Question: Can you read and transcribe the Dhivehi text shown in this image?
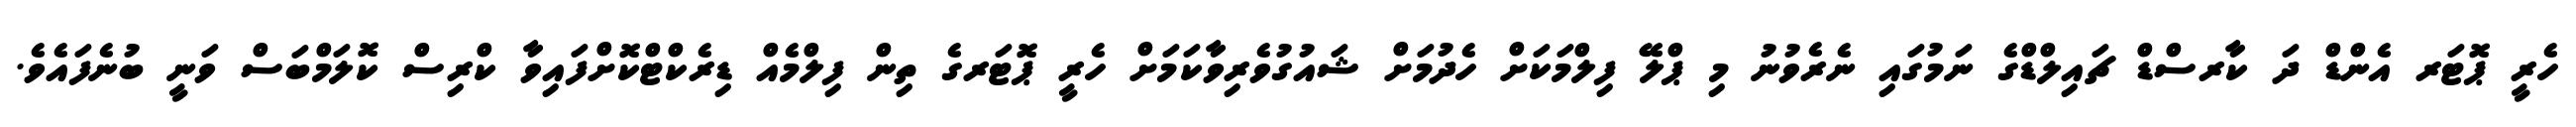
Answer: ހެރީ ޕޮޓަރ އެންޑް ދަ ކާރސްޑް ޗައިލްޑްގެ ނަމުގައި ނެރެވުނު މި ޕްލޭ ފިލްމަކަށް ހެދުމަށް ޝައުގުވެރިވާކަމަށް ހެރީ ޕޮޓަރގެ ތިން ފިލްމެއް ޑިރެކްޓްކޮށްފައިވާ ކްރިސް ކޮލަމްބަސް ވަނީ ބުނެފައެވެ.